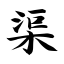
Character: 渠